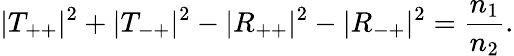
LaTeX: |T_{++}|^{2}+|T_{-+}|^{2}-|R_{++}|^{2}-|R_{-+}|^{2}=\frac{n_{1}}{n_{2}}.